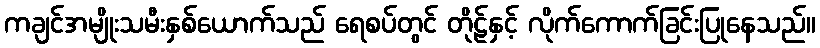
ကချင်အမျိုးသမီးနှစ်ယောက်သည် ရေစပ်တွင် တိုဠ်နှင့် လိုက်ကောက်ခြင်းပြုနေသည်။